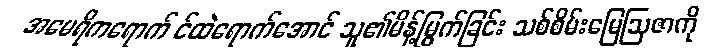
အမေရိကရောက် င်ထဲရောက်အောင် သူ၏မိန့်မြွက်ခြင်း သစ်စိမ်းမြေဩဇာကို